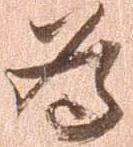
為